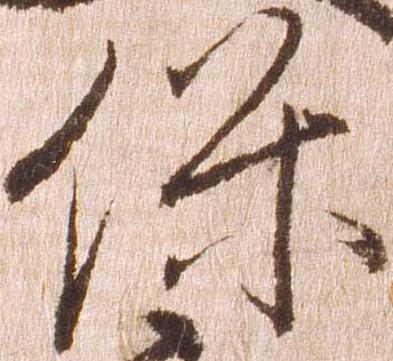
保